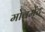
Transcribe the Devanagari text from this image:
मोवमेंट